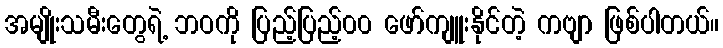
အမျိုးသမီးတွေရဲ့ ဘဝကို ပြည့်ပြည့်၀၀ ဖော်ကျူးနိုင်တဲ့ ကဗျာ ဖြစ်ပါတယ်။